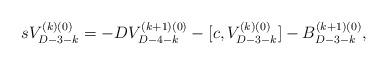
LaTeX: \begin{align*}sV_{D-3-k}^{(k)(0)}=-DV_{D-4-k}^{(k+1)(0)}-[c,V_{D-3-k}^{(k)(0)}]-B_{D-3-k}^{(k+1)(0)},\end{align*}